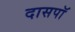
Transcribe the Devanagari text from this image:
दासपॉ